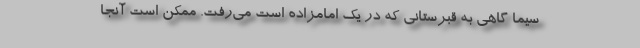
سیما گاهی به قبرستانی که در یک امامزاده است می‌رفت. ممکن است آنجا